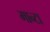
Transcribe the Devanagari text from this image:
मान्टा